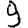
Digit: 9